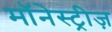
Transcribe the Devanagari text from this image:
मॉनेस्ट्रीज़